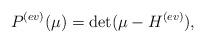
\begin{align*}P^{(ev)}(\mu)=\det(\mu-H^{(ev)}),\end{align*}